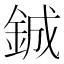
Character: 鋮